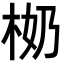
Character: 𣐨